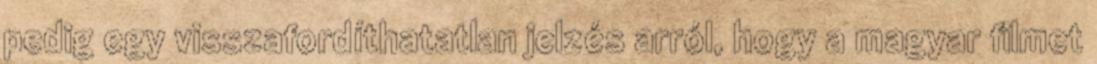
pedig egy visszafordíthatatlan jelzés arról, hogy a magyar filmet